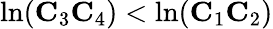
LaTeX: \ln(\mathbf{C}_{3}\mathbf{C}_{4})<\ln(\mathbf{C}_{1}\mathbf{C}_{2})